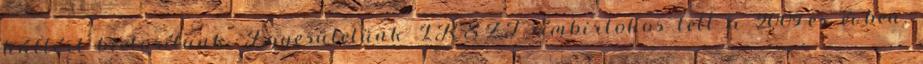
háttért biztosítunk. Egyesületünk IKSZT címbirtokos lett a 2009-es évben,